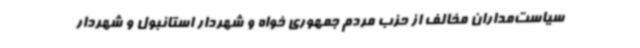
سیاست‌مداران مخالف از حزب مردم جمهوری خواه و شهردار استانبول و شهردار